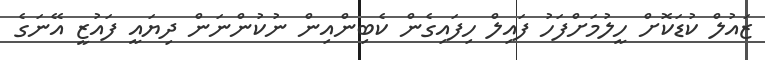
ޒައުލް ކުޑަކޮށް ހީލުމަށްފަހު ފައިލް ހިފައިގެން ކެބިންއިން ނުކުންނަން ދިޔައީ ފައުޒީ އޭނަގެ